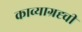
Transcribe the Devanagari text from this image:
काव्याग्रह्ची